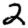
Digit: 2